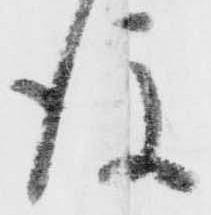
後